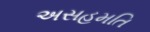
અસહમતિ